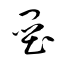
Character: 壘